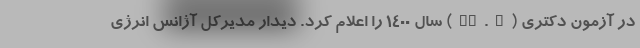
در آزمون دکتری (Ph.D) سال ۱۴۰۰ را اعلام کرد. دیدار مدیرکل آژانس انرژی